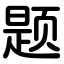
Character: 题